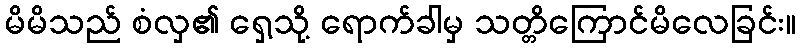
မိမိသည် စံလှ၏ ရှေ့သို့ ရောက်ခါမှ သတ္တိကြောင်မိလေခြင်း။